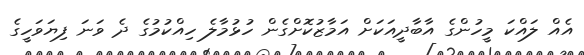
އެއް ލައްކަ މީހުންގެ އާބާދީއަކަށް އަމާޒުކޮށްގެން ހުޅުމާލެ ހިއްކުމުގެ ދެ ވަނަ ފިޔަވަހީގެ